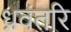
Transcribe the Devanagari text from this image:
ध्नवंतरि